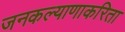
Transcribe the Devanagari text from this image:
जनकल्याणाकरिता